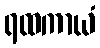
ရထကာယံ